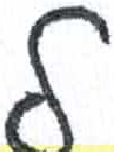
אות: מ